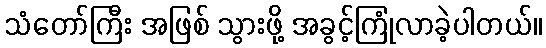
သံတော်ကြီး အဖြစ် သွားဖို့ အခွင့်ကြုံလာခဲ့ပါတယ်။